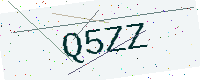
Text: Q5ZZ